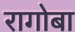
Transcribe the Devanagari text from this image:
रागोबा